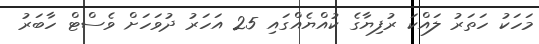
މަހަކު ހަތަރު ލައްކަ ރުފިޔާގެ ކުއްޔެއްގައި 25 އަހަރު ދުވަހަށް ވެސްޓް ހާބަރު